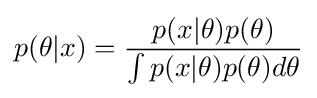
p(\theta |x)={\frac {p(x|\theta )p(\theta )}{\int p(x|\theta )p(\theta )d\theta }}